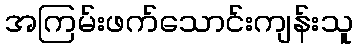
အကြမ်းဖက်သောင်းကျန်းသူ